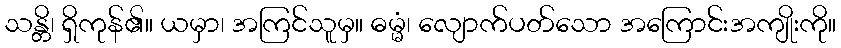
သန္တိ၊ ရှိကုန်၏။ ယမှာ၊ အကြင်သူမှ။ ဓမ္မံ၊ လျောက်ပတ်သော အကြောင်းအကျိုးကို။